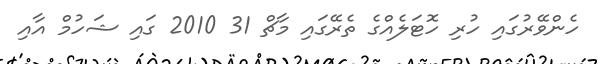
ހެންވޭރުގައި ހުރި ހޮޓަލެއްގެ ތެރޭގައި މާޗް 31 2010 ގައި ޝަހުމް އާއި